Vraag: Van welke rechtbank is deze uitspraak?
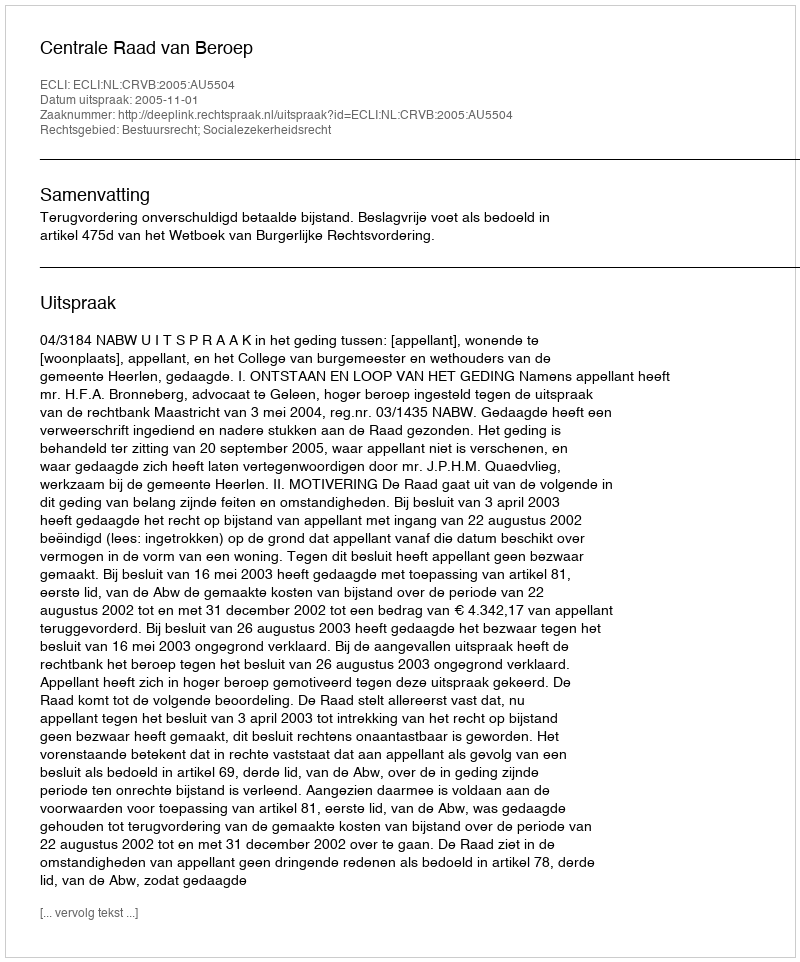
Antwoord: Centrale Raad van Beroep